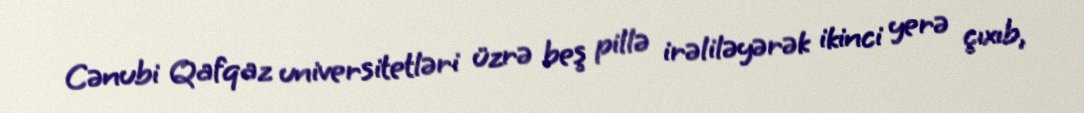
Cənubi Qafqaz universitetləri üzrə beş pillə irəliləyərək ikinci yerə çıxıb,